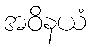
အဝိနယံ